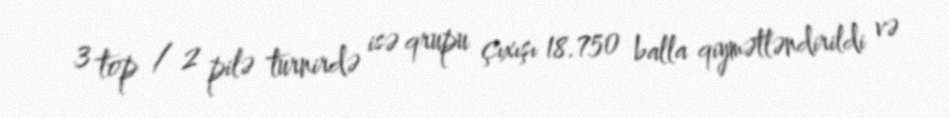
3 top / 2 pilə turnirdə isə qrupu çıxışı 18.750 balla qiymətləndirildi və